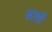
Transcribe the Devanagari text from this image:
कऱती